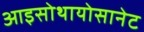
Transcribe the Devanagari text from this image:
आइसोथायोसानेट